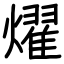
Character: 燿